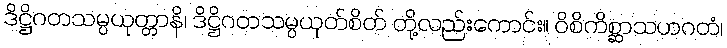
ဒိဋ္ဌိဂတသမ္ပယုတ္တာနိ၊ ဒိဋ္ဌိဂတသမ္ပယုတ်စိတ် တို့လည်းကောင်း။ ဝိစိကိစ္ဆာသဟဂတံ၊